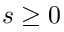
s \geq 0